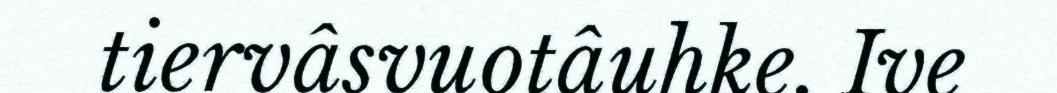
tiervâsvuotâuhke. Ive